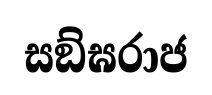
සඞ්ඝරාජ